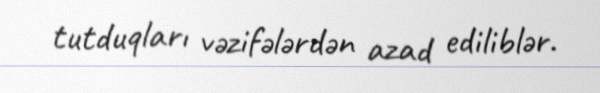
tutduqları vəzifələrdən azad ediliblər.